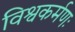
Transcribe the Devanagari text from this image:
विश्वकर्मणः